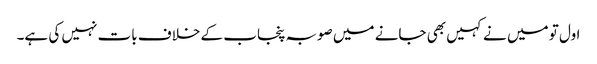
اول تو میں نے کہیں بھی جانے میں صوبہ پنجاب کے خلاف بات نہیں کی ہے۔